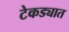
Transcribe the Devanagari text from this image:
टेकड्यात